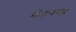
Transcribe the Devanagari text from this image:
मोहनगढ़